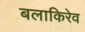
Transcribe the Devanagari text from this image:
बलाकिरेव